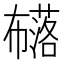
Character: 𭘹